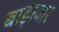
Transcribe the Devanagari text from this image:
बाड़ावार